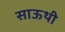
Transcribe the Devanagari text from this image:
साऊथी